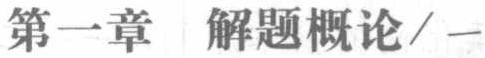
第一章  解题概论/一